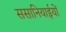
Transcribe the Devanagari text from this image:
ससानियाईयों